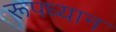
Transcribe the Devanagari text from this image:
रूपध्यान